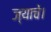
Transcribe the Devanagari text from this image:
ज्याचे।